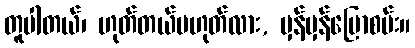
တူပါတယ်၊ ဟုတ်တယ်မဟုတ်လား, မှန်မှန်ပြောစမ်း။